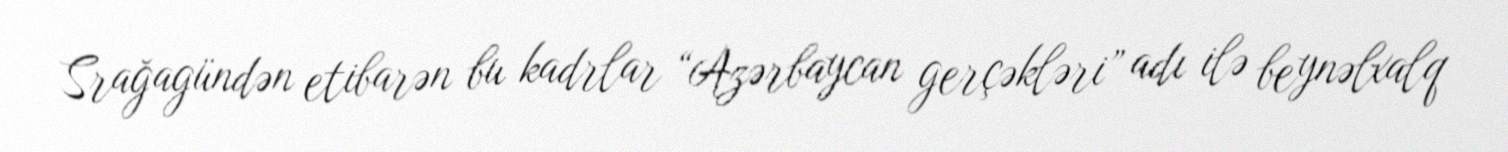
Srağagündən etibarən bu kadrlar “Azərbaycan gerçəkləri” adı ilə beynəlxalq